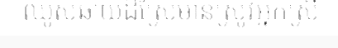
ឈូសឆាយដីស្រែមានស្រូវអ្នកស្រី